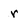
Character: r